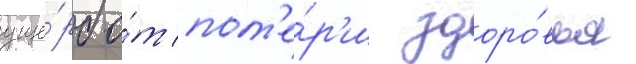
уще́рб о́т пот'е́р'и здоро́вья